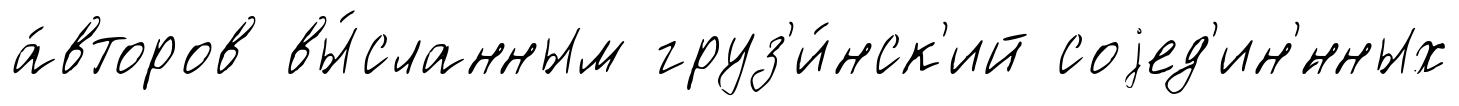
а́второв вы́сланным груз'и́нск'ий соjед'ин'́нных